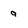
Character: a